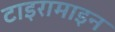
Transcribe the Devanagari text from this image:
टाइरामाइन